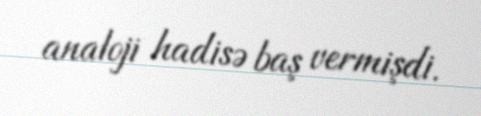
analoji hadisə baş vermişdi.